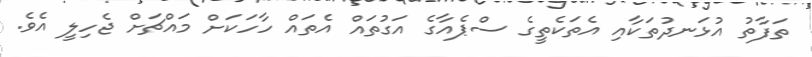
ތަފާތު އުޅަނދުތަކާއި އެތަކެތީގެ ސްޕެއާގެ އަގުތައް އެތައް ހާހަކަށް މައްޗަށް ޖެހިލީ އެވެ.